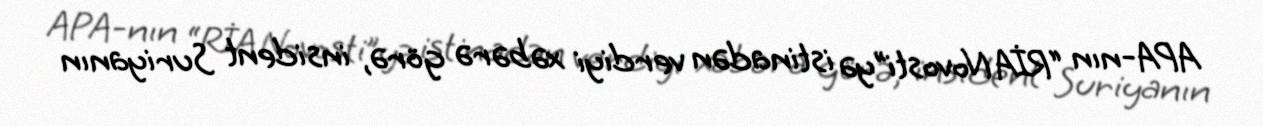
APA-nın “RİA Novosti”yə istinadən verdiyi xəbərə görə, insident Suriyanın